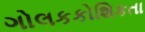
ગોલકકોશિકતા